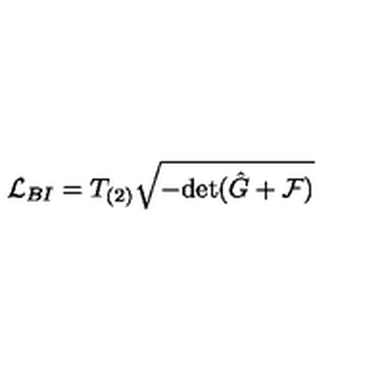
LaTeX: { \cal L } _ { B I } = T _ { ( 2 ) } \sqrt { - \mathrm { d e t } ( \hat { G } + { \cal F } ) }